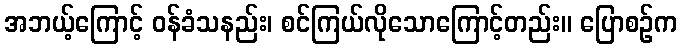
အဘယ့်ကြောင့် ဝန်ခံသနည်း၊ စင်ကြယ်လိုသောကြောင့်တည်း။ ပြောစဉ်က